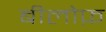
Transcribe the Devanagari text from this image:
बीलोफ़